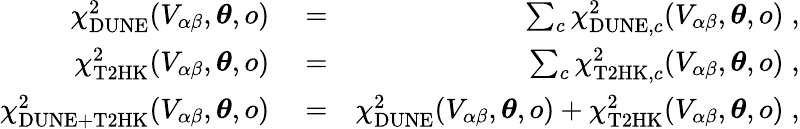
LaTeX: \begin{array}{rlr}{\chi_{\mathrm{DUNE}}^{2}(V_{\alpha\beta},\boldsymbol{\theta},o)}&{{}=}&{\sum_{c}\chi_{\mathrm{DUNE},c}^{2}(V_{\alpha\beta},\boldsymbol{\theta},o)\; ,}\\ {\chi_{\mathrm{T2HK}}^{2}(V_{\alpha\beta},\boldsymbol{\theta},o)}&{{}=}&{\sum_{c}\chi_{\mathrm{T2HK},c}^{2}(V_{\alpha\beta},\boldsymbol{\theta},o)\; ,}\\ {\chi_{\mathrm{DUNE}+\mathrm{T2HK}}^{2}(V_{\alpha\beta},\boldsymbol{\theta},o)}&{{}=}&{\chi_{\mathrm{DUNE}}^{2}(V_{\alpha\beta},\boldsymbol{\theta},o)+\chi_{\mathrm{T2HK}}^{2}(V_{\alpha\beta},\boldsymbol{\theta},o)\; ,}\end{array}